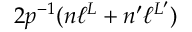
2 p ^ { - 1 } ( n \ell ^ { L } + n ^ { \prime } \ell ^ { L ^ { \prime } } )